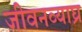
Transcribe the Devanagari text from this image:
जीवनव्याघ्र